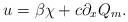
LaTeX: \begin{align*}u = \beta \chi + c \partial_x Q_m.\end{align*}